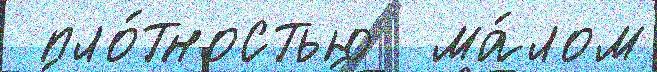
 пло́тностью  ма́лом